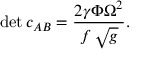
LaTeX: \operatorname * { d e t } c _ { A B } = { \frac { 2 \gamma \Phi \Omega ^ { 2 } } { f \, \sqrt { g } } } .